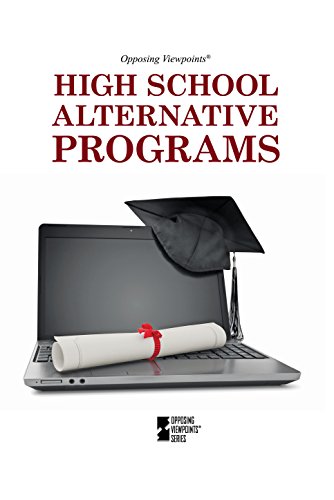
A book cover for High School Alternative Program (Opposing Viewpoints); Noah Berlatsky; Teen & Young Adult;